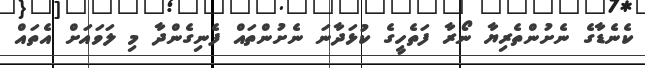
ކެނެޑާގެ ނެށުންތެރިޔާ ނޯރާ ފަތެހީގެ ކުޅަދާނަ ނެށުންތައް ފެނިގެންދާ މި ލަވައަށް އެތައް